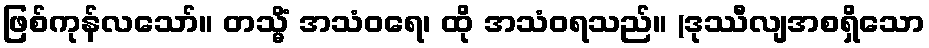
ဖြစ်ကုန်လသော်။ တသ္မိံ အသံဝရေ၊ ထို အသံဝရသည်။ (ဒုဿီလျအစရှိသော